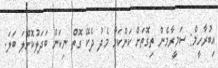
އިބުރާހީމް: ސަމީރާމެން ތިގޮތަށް ކަންކަމާ މެދު ދެކޭ ގޮތް ނިކަން ބަދަލުކޮށްލަ ބަލަ.